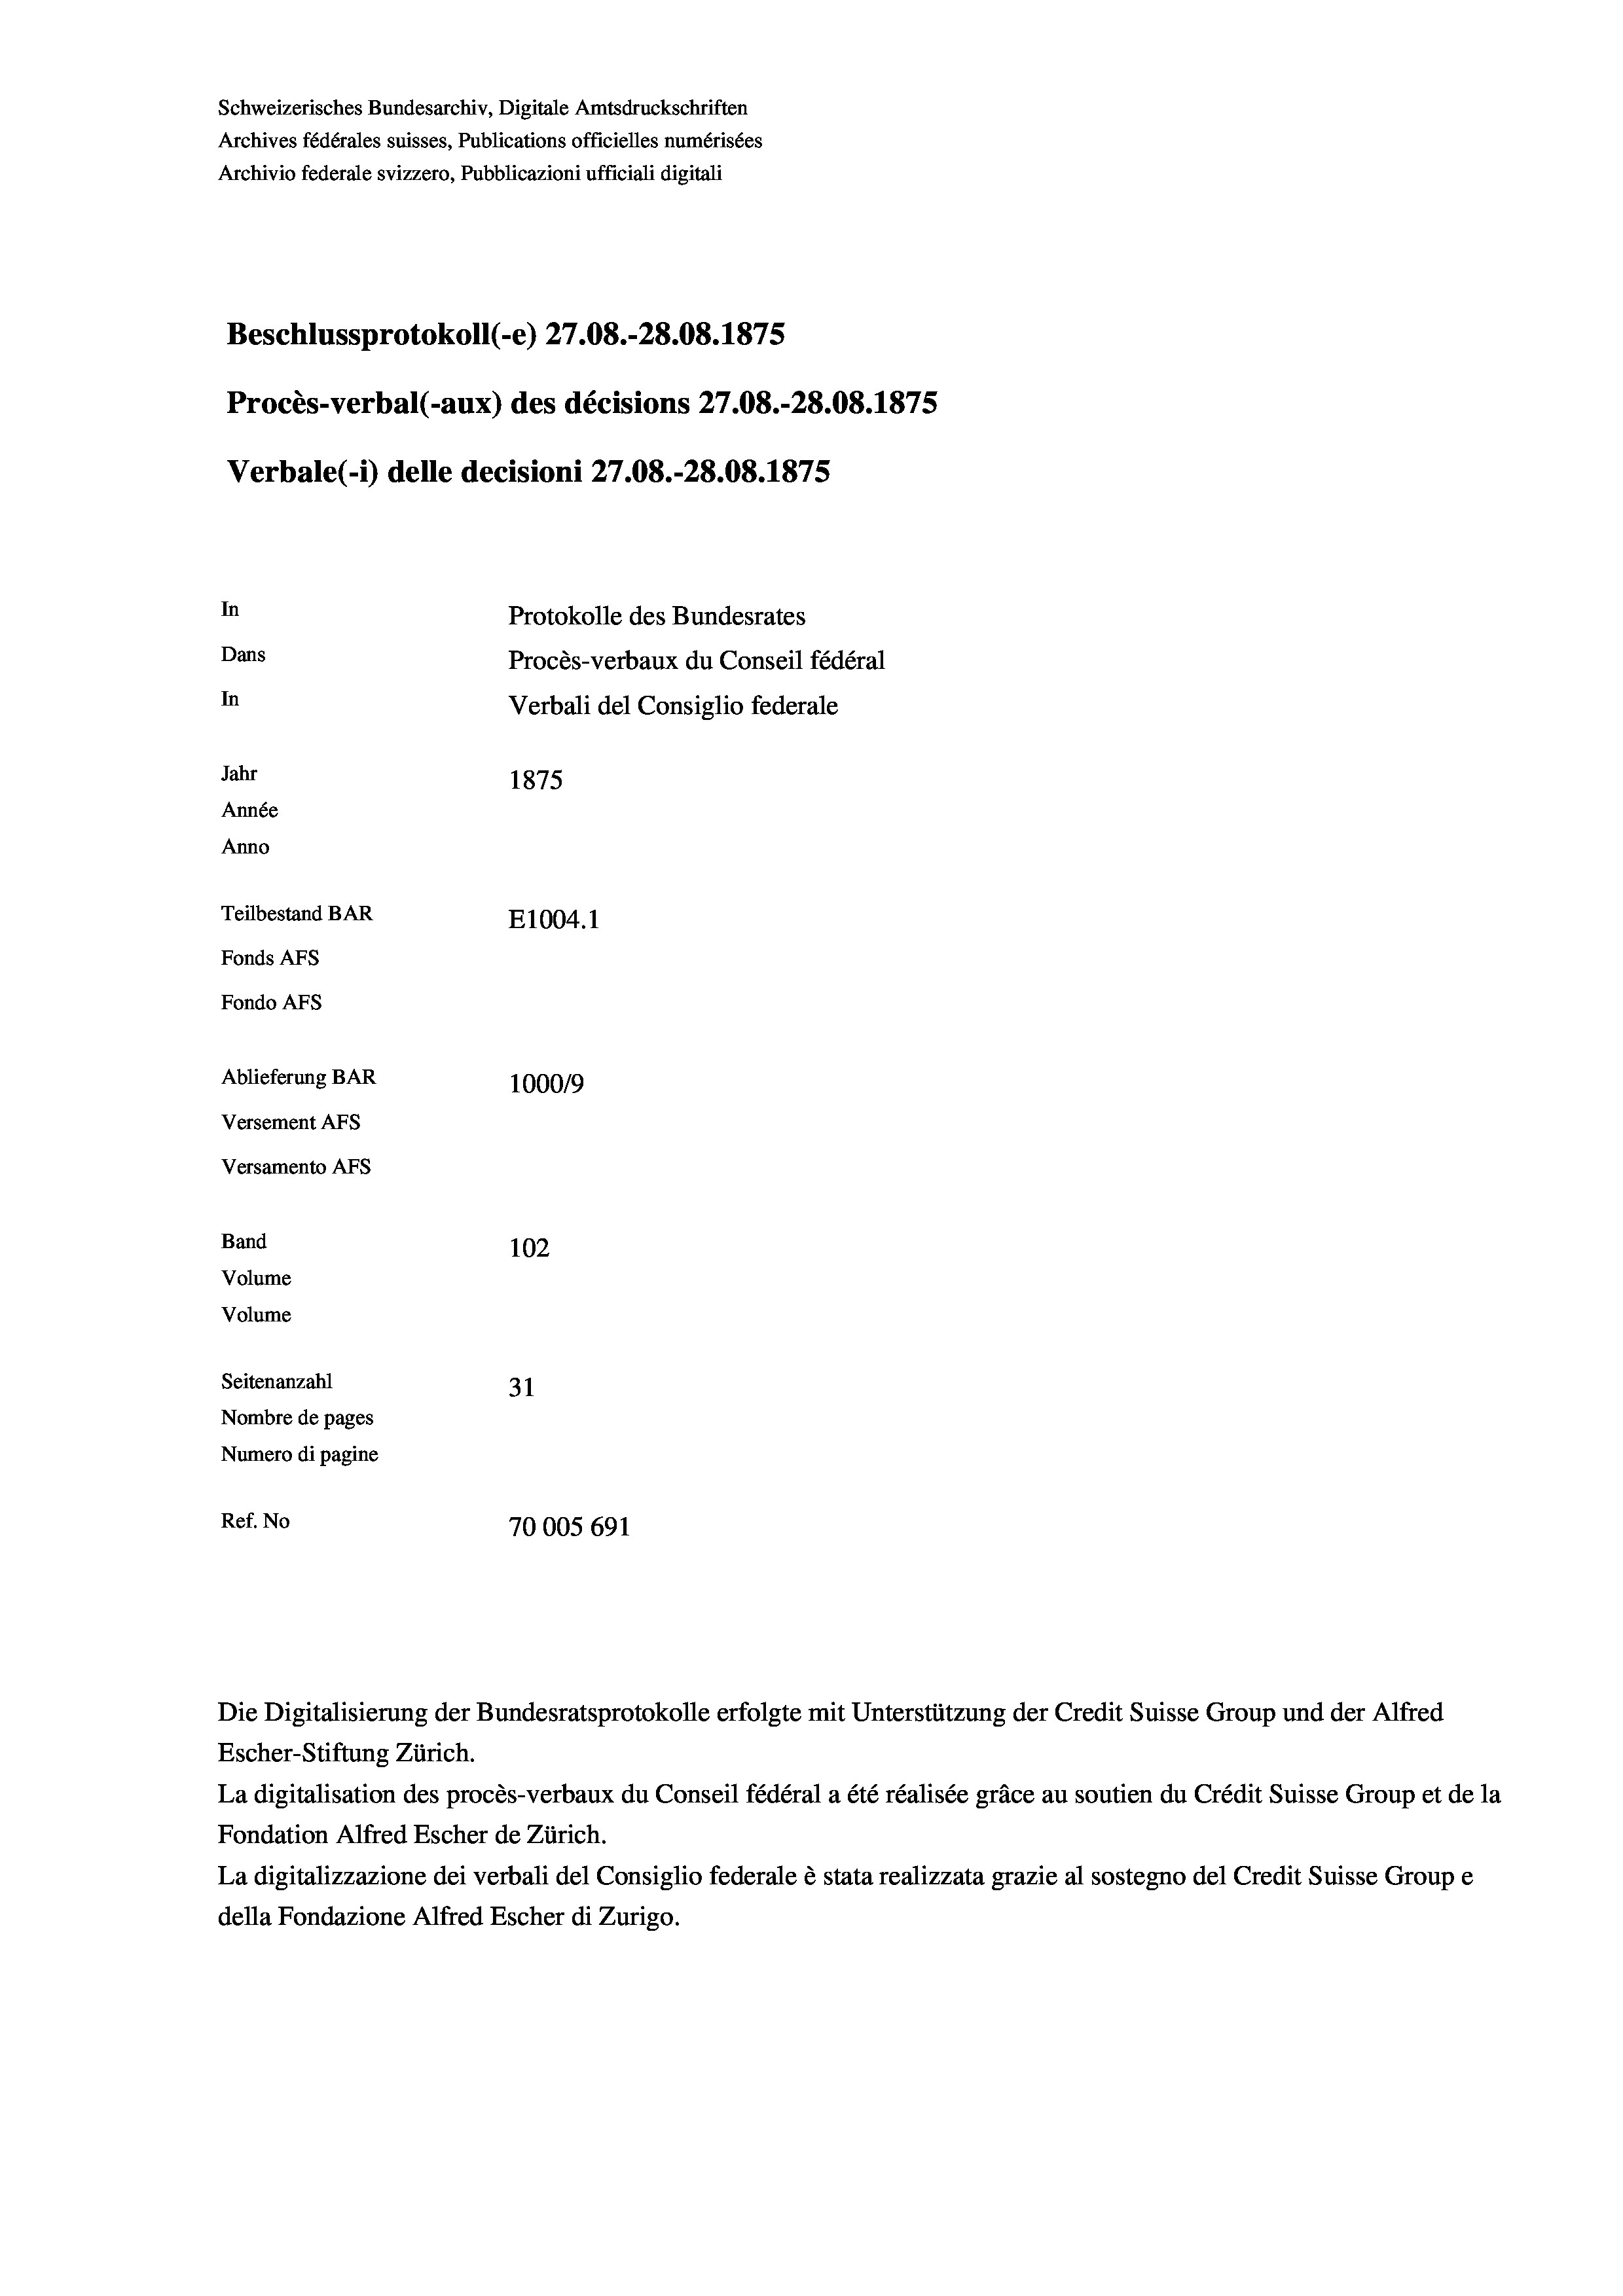
Beschlussprotokoll (-e) 27.08.-28.08. 1875
In
Protokolle des Bundesrates
Dans
Procès-verbaux du Conseil fédéral
In
Verbali del Consiglio federale
Jahr
1875
Année
Anno
Teilbestand BAR
E1004. 1
Fonds AFs
Fondo Afs

Archives fédérales suisses, Publications officielles numérisées
Archivio federale svizzero, Pubblicazioni ufficiali digitali

Schweizerisches Bundesarchiv, Digitale Amtsdruckschriften

Procès-verbal (-aux) des décisions 27.08.-28.08. 1875
Verbale (- 1) delle decisioni 27.08.-28.08. 1875

Ablieferung BAR
Versement AFs
Versamento Afs
Band
Volume
Volume

102
Seitenanzahl
31
Nombre de pages
Numero di pagine
Ref. No
70005 691

100019

Die Digitalisierung der Bundesratsprotokolle erfolgte mit Unterstützung der Credit Suisse Group und der Alfred
Escher-Stiftung Zürich.
La digitalisation des procès-verbaux du Conseil fédéral a été réalisée gräce au soutien du Crédit Suisse Group et de la
Fondation Alfred Escher de Zürich.
La digitalizzazione dei verbali del Consiglio federale è stata realizzata grazie al sostegno del Credit Suisse Groupe
della Fondazione Alfred Escher di Zurigo.